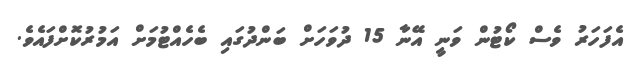
އެފަހަރު ވެސް ކޯޓުން ވަނީ އޭނާ 15 ދުވަހަށް ބަންދުގައި ބެހެއްޓުމަށް އަމުރުކޮށްފައެވެ.